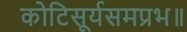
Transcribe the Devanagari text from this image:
कोटिसूर्यसमप्रभ॥